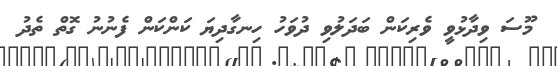
މޫސަ ވިދާޅުވީ ވެރިކަން ބަދަލުވި ދުވަހު ހިނގާދިޔަ ކަންކަން ފެނުނު ގޮތް ތެދު